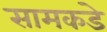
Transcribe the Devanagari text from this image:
सामकडे